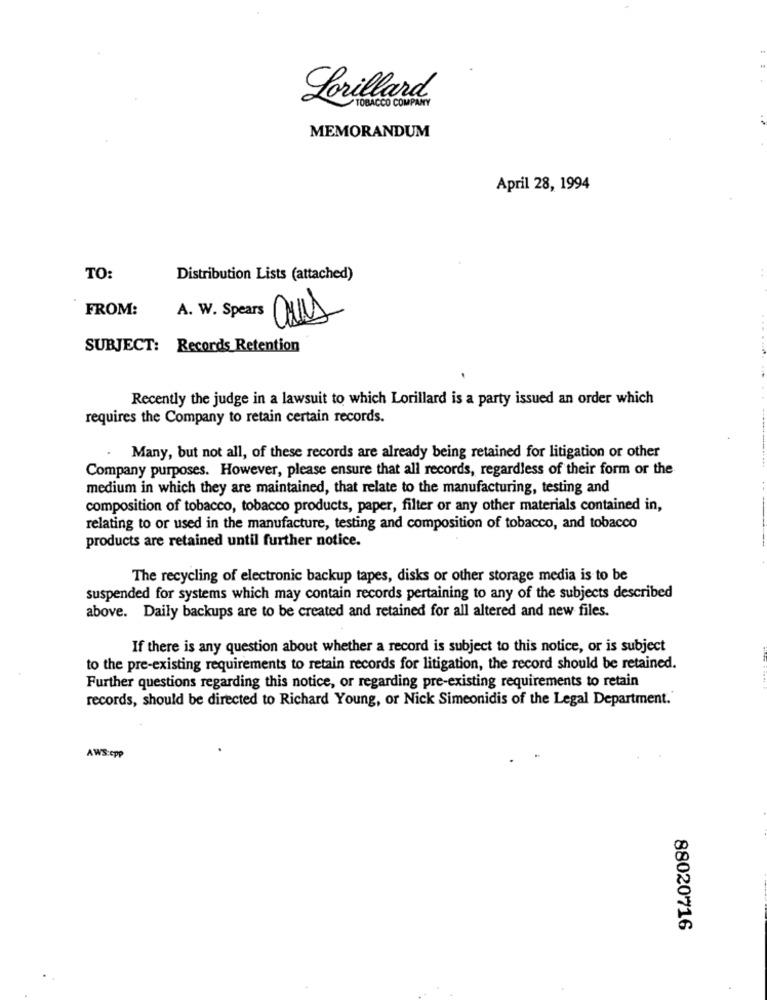
Lorillard
TOBACCO COMPANY
MEMORANDUM
April 28, 1994
TO:
Distribution Lists (attached)
FROM:
A. W. Spears aus
SUBJECT: Records Retention
Recently the judge in a lawsuit to which Lorillard is a party issued an order which
requires the Company to retain certain records.
. Many, but not all, of these records are already being retained for litigation or other
Company purposes. However, please ensure that all records, regardless of their form or the
medium in which they are maintained, that relate to the manufacturing, testing and
composition of tobacco, tobacco products, paper, filter or any other materials contained in,
relating to or used in the manufacture, testing and composition of tobacco, and tobacco
products are retained until further notice.
The recycling of electronic backup tapes, disks or other storage media is to be
suspended for systems which may contain records pertaining to any of the subjects described
above. Daily backups are to be created and retained for all altered and new files.
If there is any question about whether a record is subject to this notice, or is subject
to the pre-existing requirements to retain records for litigation, the record should be retained.
Further questions regarding this notice, or regarding pre-existing requirements to retain
records, should be directed to Richard Young, or Nick Simeonidis of the Legal Department."
AWS:epp
88020716